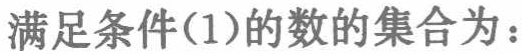
满足条件(1)的数的集合为：